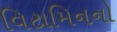
વિટામિનનો